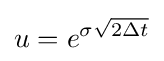
u=e^{\sigma {\sqrt {2\Delta t}}}